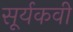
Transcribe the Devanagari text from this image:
सूर्यकवी